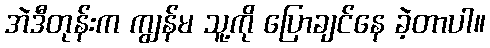
အဲဒီတုန်းက ကျွန်မ သူ့ကို ပြောချင်နေ ခဲ့တာပါ။